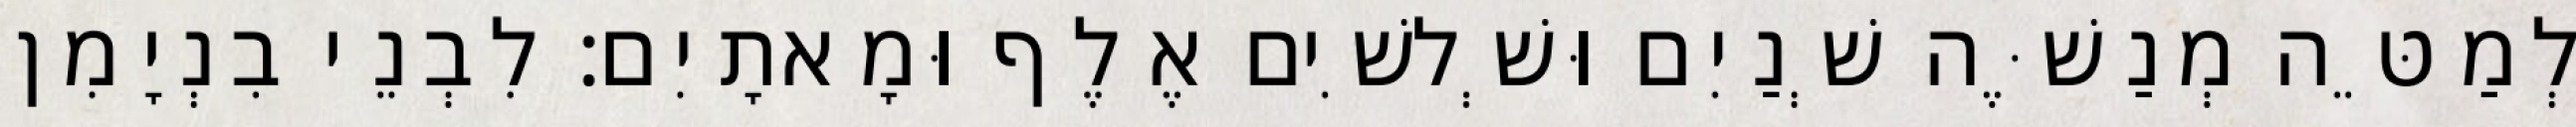
לְמַטֵּה מְנַשֶּׁה שְׁנַיִם וּשְׁלשִׁים אֶלֶף וּמָאתָיִם׃ לִבְנֵי בִנְיָמִן